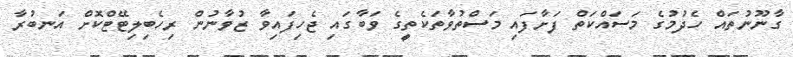
ގާނޫނުތައް ހެދުމުގެ މަސައްކަތް ފަށާފައި މަސްތުވާތަކެތީގެ ވަބާގައި ޖެހިފައިވާ ޒުވާނުން ރިހެބިލިޓޭޓްކޮށް އަނބުރާ